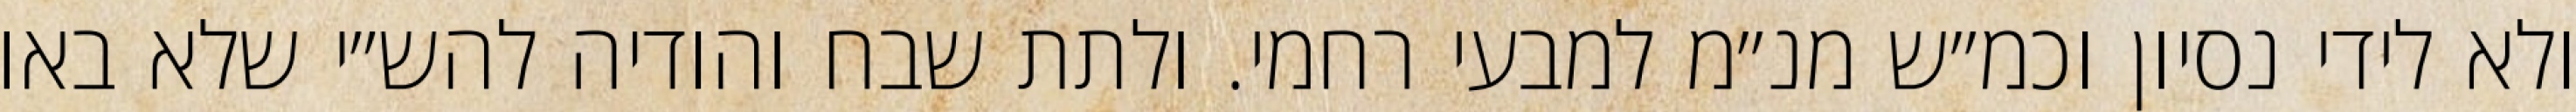
ולא לידי נסיון וכמ״ש מנ״מ למבעי רחמי. ולתת שבח והודיה להש״י שלא באו